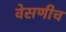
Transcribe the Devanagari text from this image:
वेसणीच